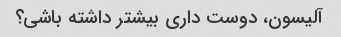
آلیسون، دوست داری بیشتر داشته باشی؟